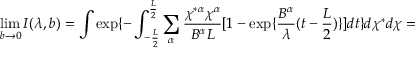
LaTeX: \operatorname * { l i m } _ { b \rightarrow 0 } I ( \lambda , b ) = \int \exp \{ - \int _ { - \frac { L } { 2 } } ^ { \frac { L } { 2 } } \sum _ { \alpha } \frac { \chi ^ { * \alpha } \chi ^ { \alpha } } { B ^ { \alpha } L } [ 1 - \exp \{ \frac { B ^ { \alpha } } { \lambda } ( t - \frac { L } { 2 } ) \} ] d t \} d \chi ^ { * } d \chi =